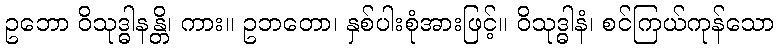
ဥဘော ဝိသုဒ္ဓါနန္တိ၊ ကား။ ဥဘတော၊ နှစ်ပါးစုံအားဖြင့်။ ဝိသုဒ္ဓါနံ၊ စင်ကြယ်ကုန်သော